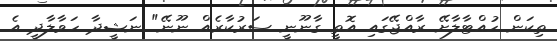
ތިކަން ހުއްޓާލާށޭ ރާއްޖޭގައި އޮތީ ގާނޫނީ ސަރުކާރެއް ނޫނޭ" ނަޝީދާ ހަވާލާދީ އެ